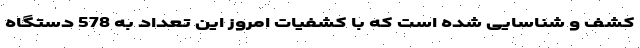
کشف و شناسایی شده است که با کشفیات امروز این تعداد به 578 دستگاه